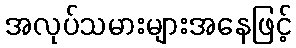
အလုပ်သမားများအနေဖြင့်